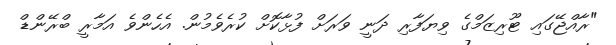
"ރާއްޖޭގައި ޓޫރިޒަމްގެ ވިޔަފާރި ދަނީ ވަރަށް ފުޅާކޮށް ކުރެވެމުން. އެހެންވެ އަމާރީ ބްރޭންޑް